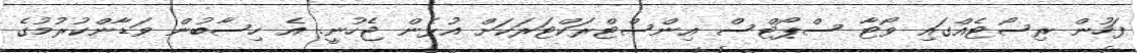
ފަހުން ރިސޯޓެއްގައި ވޯޓާ ސްޕޯޓްސް އިންސްޓްރަކްޓަރަކަށް އުޅެން ޖެހުނީ. އެ ހިސާބުން ވަޑާންކުރުމުގެ